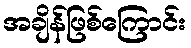
အချိန်ဖြစ်ကြောင်း